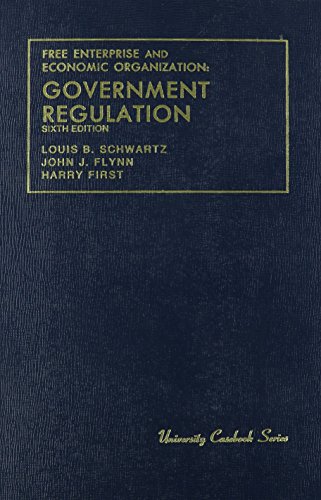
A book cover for Schwartz, Flynn and First's Free Enterprise and Economic Organization: Government Regulation, 6th (University Casebook Series) (English and English Edition); Louis Schwartz; Law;